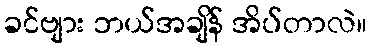
ခင်ဗျား ဘယ်အချိန် အိပ်တာလဲ။